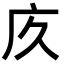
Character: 㡱